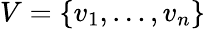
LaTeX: V=\{ v_{1},\ldots,v_{n}\}